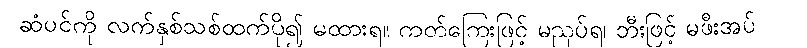
ဆံပင်ကို လက်နှစ်သစ်ထက်ပို၍ မထားရ။ ကတ်ကြေးဖြင့် မညှပ်ရ၊ ဘီးဖြင့် မဖီးအပ်